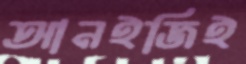
আনইজিই